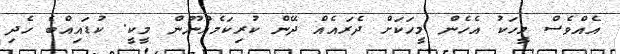
އެއްވެސް މީހަކު އެހެން މީހަކަށް ދެރައެއް ދޭން ކުރިކަމެއްނޫން މީކީ. ކުޑައިއްބެ ހެދި